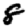
Digit: 8